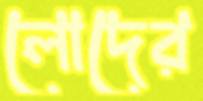
লোদের